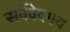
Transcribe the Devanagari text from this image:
सर्ववेदमय